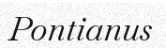
Pontianus